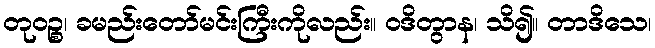
တုဝဉ္စ၊ ခမည်းတော်မင်းကြီးကိုလည်း။ ဝဒိတွာန၊ သိ၍။ တာဒိသေ၊